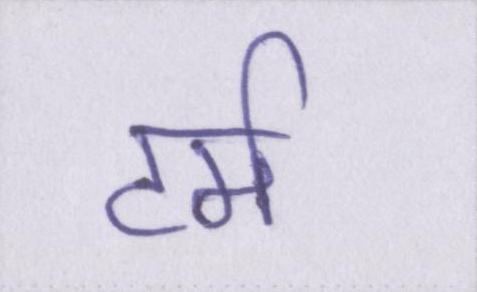
टर्म